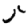
Digit: 5